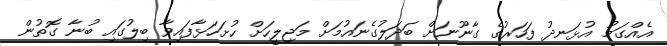
އެއްގަމު އުޅަނދު ފަހަރުގެ ގާނޫނަށް ބަދަލުގެނައުމަށް މަޖިލީހަށް ހުށަހަޅާފައިވާ ބިލުގައި ބުނާ ގޮތުން